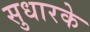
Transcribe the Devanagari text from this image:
सुधारके